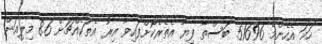
ހަމަ އެހެންމެ 51696 ބަސްތާ ފިޔާ އެތެރެކޮށްފައިވާ އިރު އެތަކެއްޗަށް 8.6 މިލިއަން